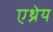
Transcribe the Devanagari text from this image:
एथ्रेय